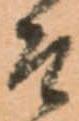
そ